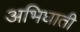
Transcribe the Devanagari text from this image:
अभिघाती